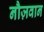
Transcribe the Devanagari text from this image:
नौज़वान